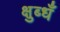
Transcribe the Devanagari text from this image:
क्षुब्धँ